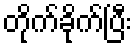
တိုက်ခိုက်ပြီး